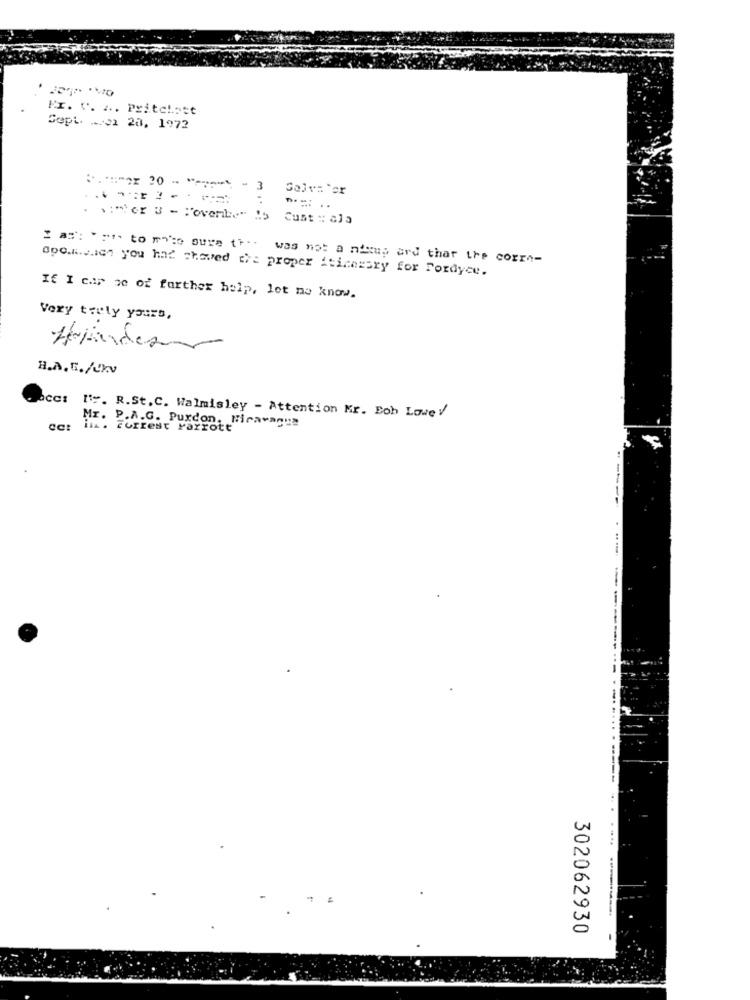
Pr. v. ... Pritchett
Sept. _. 21 20. 1972
:.*=- 2 20 -
3
Salva'er
. .: "er 3 - "'ovenbe" lo Cust :: ala
= as: """" to po'so sure the was not a nasup and that the corrs-
Cpc.A.s.ich you had showed the proper itinerary for Fordyce.
If I car ze of farther help, let me know.
Very truly yours,
H.A.G./UKv
bcc: ['. R.St.C. Walmisley - Attention Mr. Eob Love
Mr. P.A.G. Puxcon, Miravagus
is. Forrest Parrott"
--------
----
---------.
302062930